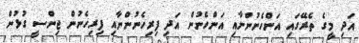
އަދި މީގެ ތެރޭގައި އަންހެނުންނާއި އަންހެނުން އަދި ފިރިހެނުންނާއި ފިރިހެނުން ޖިންސީ ގުޅުން